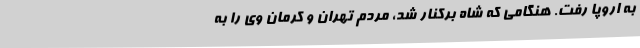
به اروپا رفت. هنگامی که شاه برکنار شد، مردم تهران و کرمان وی را به